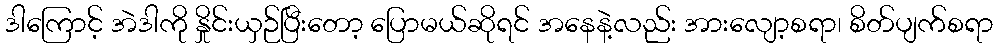
ဒါကြောင့် အဲဒါကို နှိုင်းယှဉ်ပြီးတော့ ပြောမယ်ဆိုရင် အနေနဲ့လည်း အားလျော့စရာ၊ စိတ်ပျက်စရာ